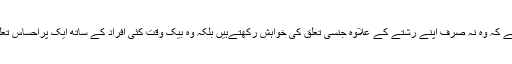
اس کا مطلب ہے کہ وہ نہ صرف اپنے رشتے کے علاوہ جنسی تعلق کی خواہش رکھتےہیں بلکہ وہ بیک وقت کئی افراد کے ساتھ ایک پراحساس تعلق رکھتے ہیں۔